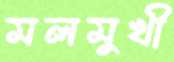
মলমুখী